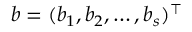
\boldsymbol { b } = ( b _ { 1 } , b _ { 2 } , \dots , b _ { s } ) ^ { \intercal }